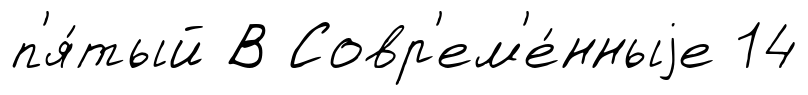
п'я́тый В Совр'ем'е́нныjе 14